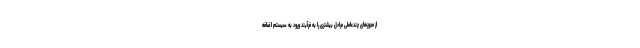
از مجوزهای چندعاملی مراحل بیشتری را به فرآیند ورود به سیستم اضافه